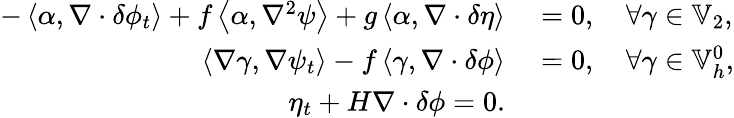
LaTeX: \begin{array}{rl}{-\left\langle\alpha,\nabla\cdot\delta\phi_{t}\right\rangle+f\left\langle\alpha,\nabla^{2}\psi\right\rangle+g\left\langle\alpha,\nabla\cdot\delta\eta\right\rangle}&{{}=0,\quad\forall\gamma\in\mathbb{V}_{2},}\\ {\left\langle\nabla\gamma,\nabla\psi_{t}\right\rangle-f\left\langle\gamma,\nabla\cdot\delta\phi\right\rangle}&{{}=0,\quad\forall\gamma\in\mathbb{V}_{h}^{0},}\\ {\eta_{t}+H\nabla\cdot\delta\phi=0.}\end{array}